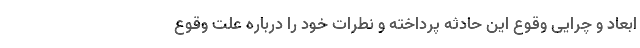
ابعاد و چرایی وقوع این حادثه پرداخته و نطرات خود را درباره علت وقوع